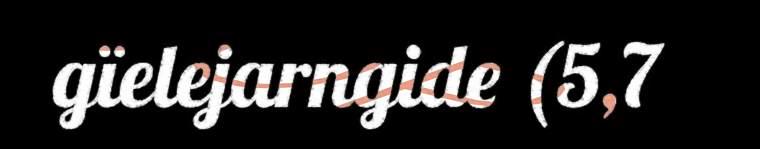
gïelejarngide (5,7